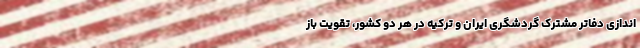
اندازی دفاتر مشترک گردشگری ایران و ترکیه در هر دو کشور، تقویت باز